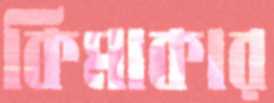
কিমাকার